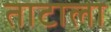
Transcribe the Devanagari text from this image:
ताटाला